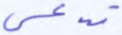
تدعى